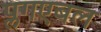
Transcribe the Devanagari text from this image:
प्लगएबल